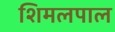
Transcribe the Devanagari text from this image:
शिमलपाल